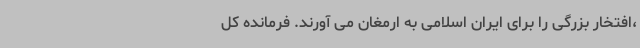
،افتخار بزرگی را برای ایران اسلامی به ارمغان می آورند. فرمانده کل